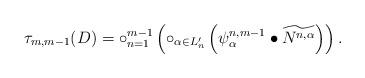
LaTeX: \begin{align*}\tau_{m,m-1}(D)=\circ_{n=1}^{m-1} \left(\circ_{\alpha\in L_n'}\left(\psi^{n,m-1}_\alpha \bullet\widetilde{N^{n,\alpha}}\right)\right).\end{align*}